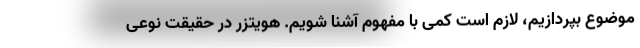
موضوع بپردازیم، لازم است کمی با مفهوم آشنا شویم. هویتزر در حقیقت نوعی